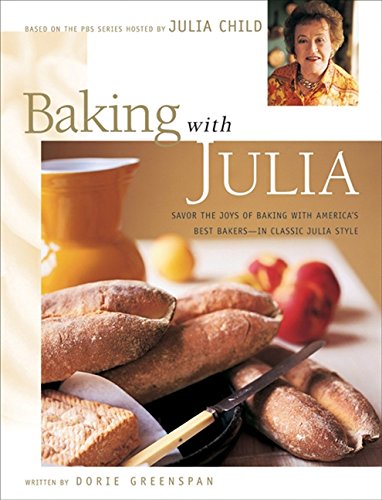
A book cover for Baking with Julia: Savor the Joys of Baking with America's Best Bakers; Dorie Greenspan; Cookbooks, Food & Wine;